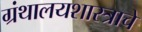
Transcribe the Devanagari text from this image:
ग्रंथालयशास्त्राचे